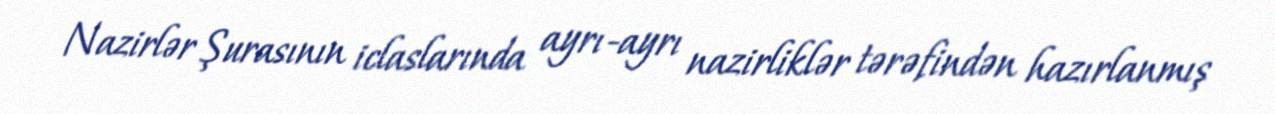
Nazirlər Şurasının iclaslarında ayrı-ayrı nazirliklər tərəfindən hazırlanmış